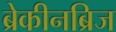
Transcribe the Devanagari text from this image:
ब्रेकीनब्रिज